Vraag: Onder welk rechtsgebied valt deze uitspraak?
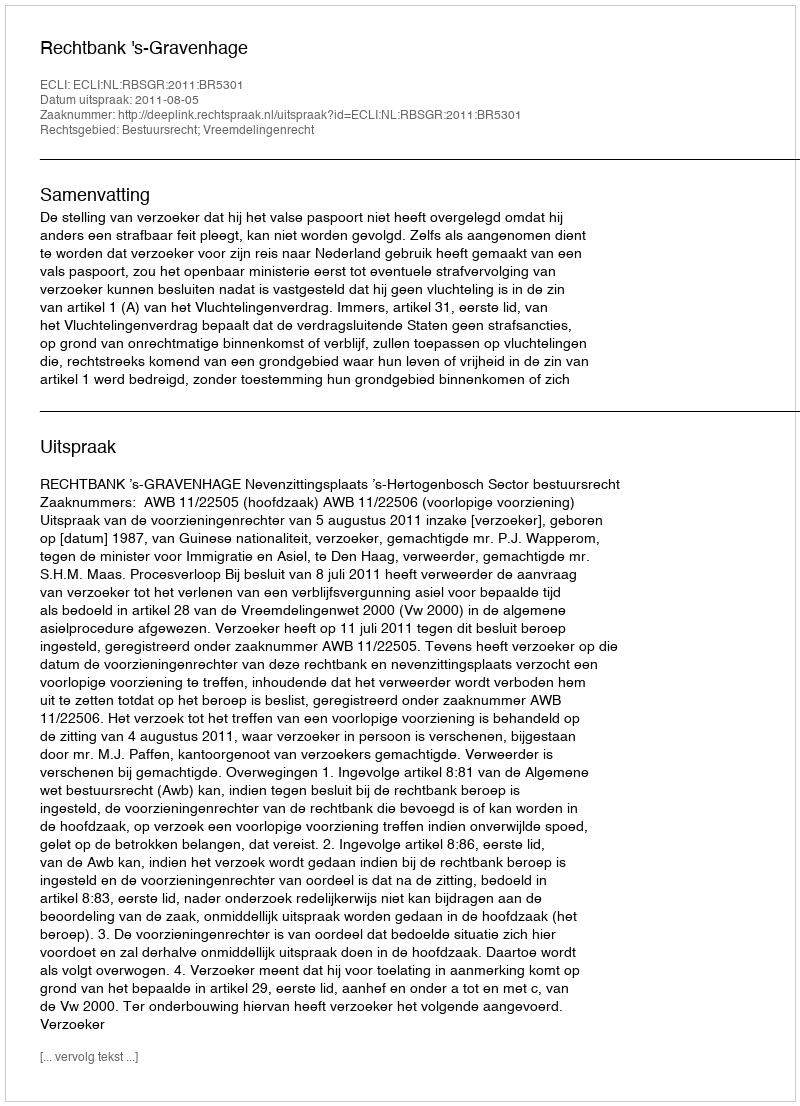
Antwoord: Bestuursrecht; Vreemdelingenrecht